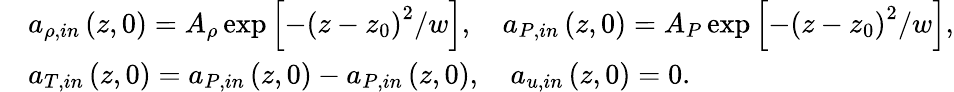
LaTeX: \begin{array}{rl}&{a_{\rho,in}\left(z,0\right)=A_{\rho}\exp\left[-\left(z-z_{0}\right)^{2}/w\right],\quad a_{P,in}\left(z,0\right)=A_{P}\exp\left[-\left(z-z_{0}\right)^{2}/w\right],}\\ &{a_{T,in}\left(z,0\right)=a_{P,in}\left(z,0\right)-a_{P,in}\left(z,0\right),\quad a_{u,in}\left(z,0\right)=0.}\end{array}